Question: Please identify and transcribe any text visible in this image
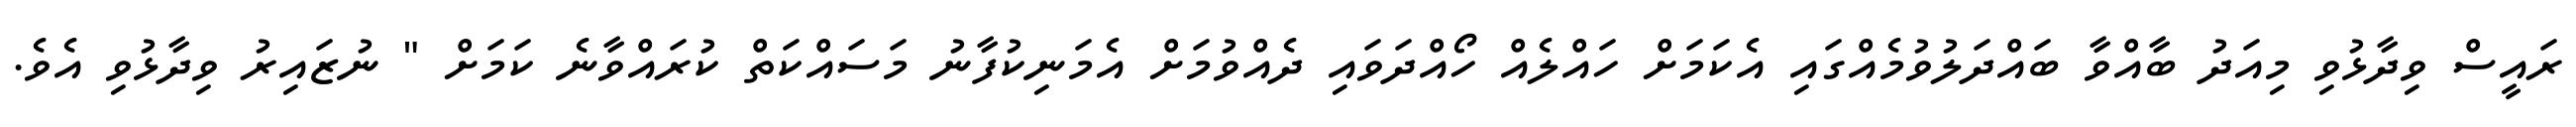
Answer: ރައީސް ވިދާޅުވި މިއަދު ބާއްވާ ބައްދަލުވުމެއްގައި އެކަމަށް ހައްލެއް ހޯއްދަވައި ދެއްވުމަށް އެމަނިކުފާނު މަސައްކަތް ކުރައްވާނެ ކަމަށް " ނުޒައިރު ވިދާޅުވި އެވެ.